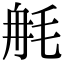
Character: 𣭣